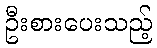
ဦးစားပေးသည့်